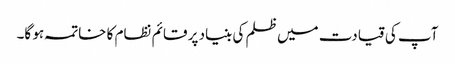
آپ کی قیادت میں ظلم کی بنیاد پر قائم نظام کا خاتمہ ہو گا۔